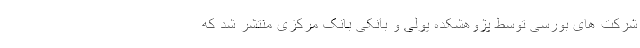
شرکت های بورسی توسط پژوهشکده پولی و بانکی بانک مرکزی منتشر شد که